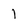
Character: 1